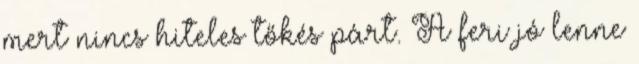
mert nincs hiteles tőkés párt. A feri jó lenne